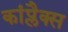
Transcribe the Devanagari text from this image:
कांप्लैक्स